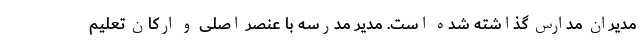
مدیران مدارس گذاشته شده است. مدیر مدرسه با عنصر اصلی و ارکان تعلیم